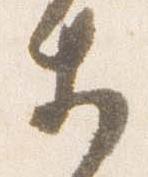
等